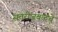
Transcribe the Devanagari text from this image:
सत्तरीजवळचे